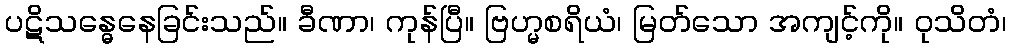
ပဋိသန္ဓေနေခြင်းသည်။ ခီဏာ၊ ကုန်ပြီ။ ဗြဟ္မစရိယံ၊ မြတ်သော အကျင့်ကို။ ဝုသိတံ၊